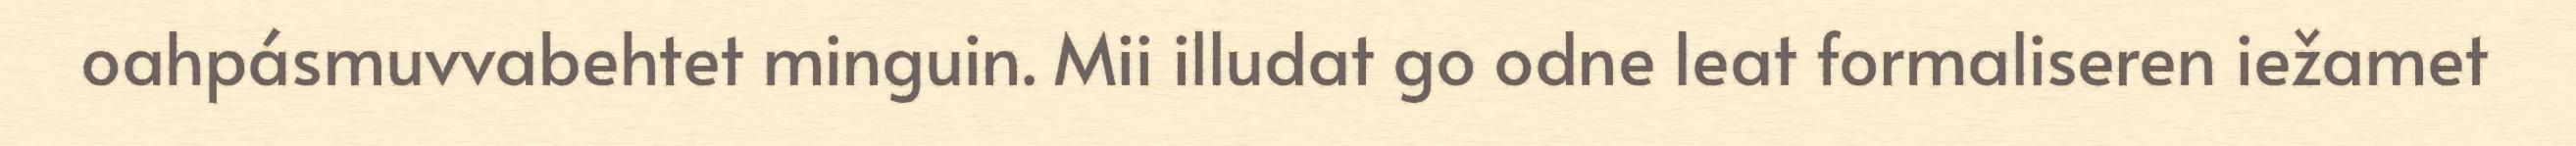
oahpásmuvvabehtet minguin. Mii illudat go odne leat formaliseren iežamet